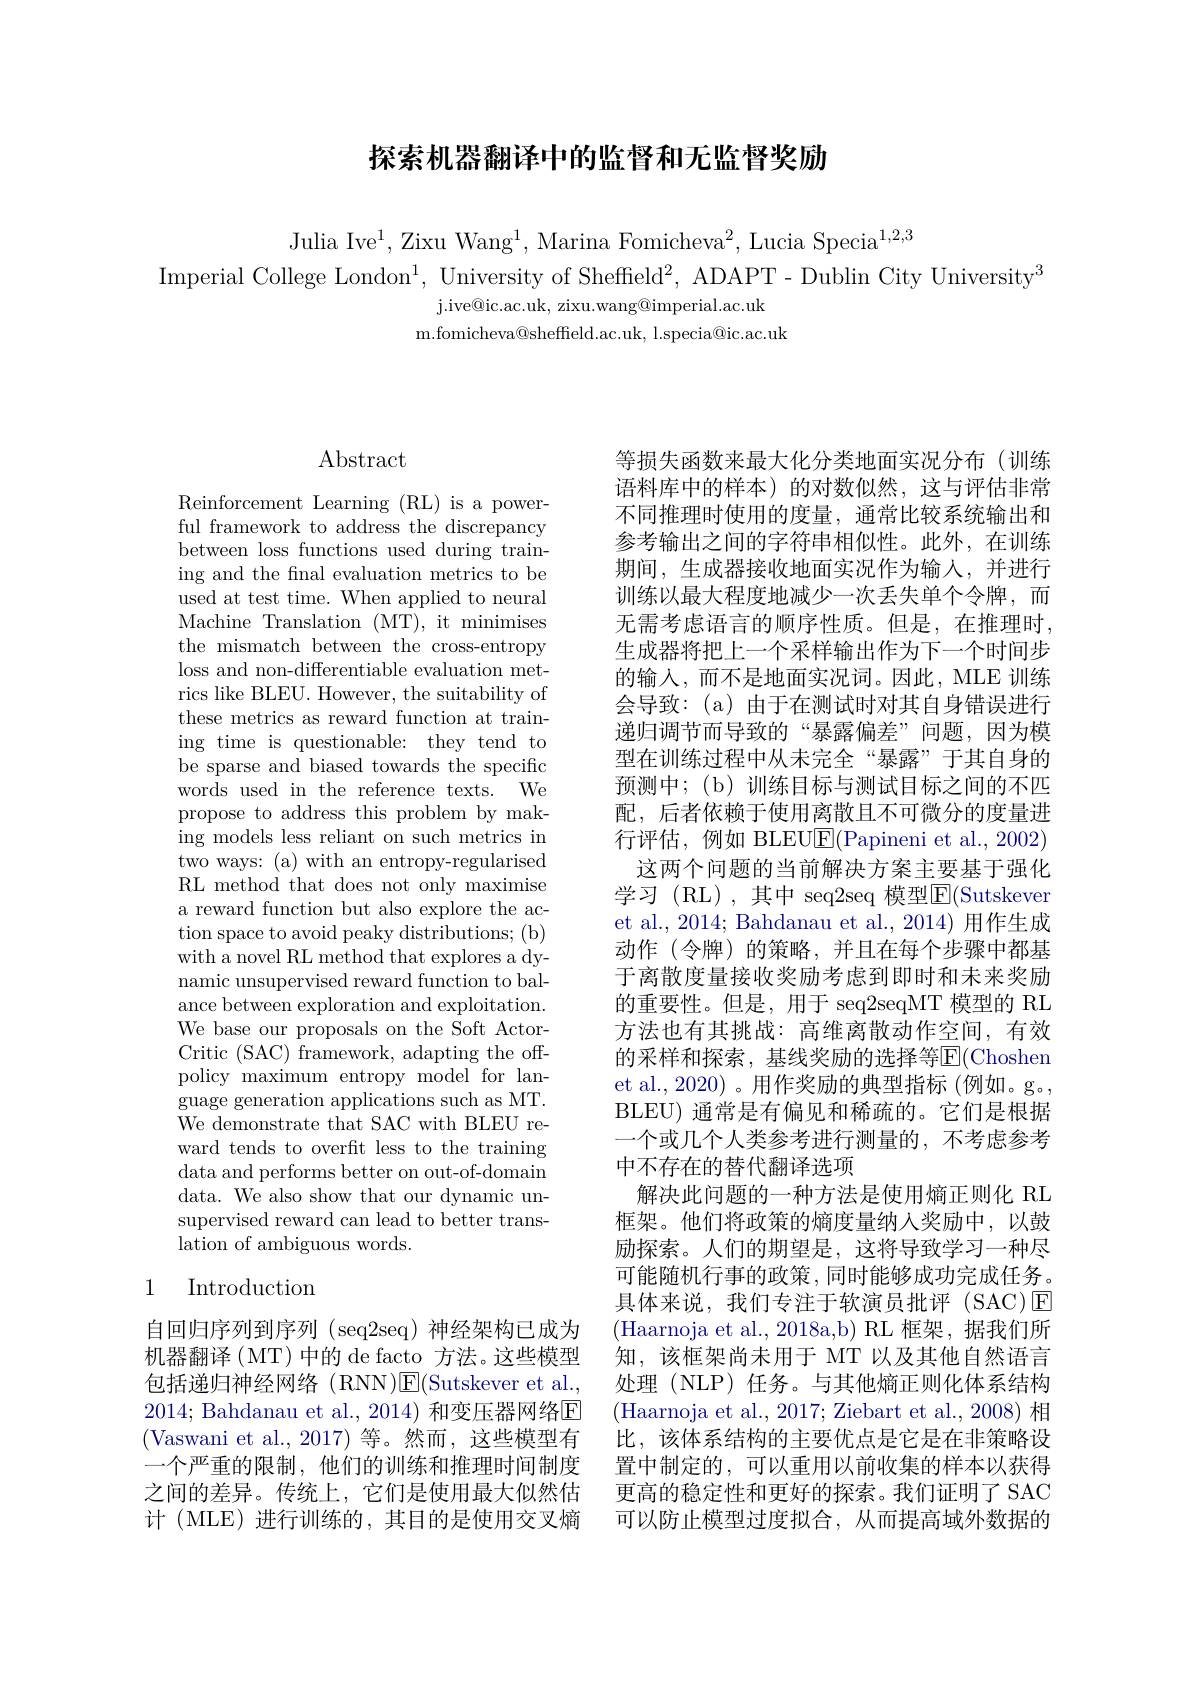
## 探索机器翻译中的监督和无监督奖励

Julia Ive$^1$,Zixu Wang$^1$, Marina Fomicheva$^2$, Lucia Specia$^1,2,3$

Imperial College London$^1$, University of Sheffield$^2$, ADAPT- Dublin City University$^3$
j. ive@ ic. ac. uk, zixu. wang@ imperial. ac. uk
m. fomicheva@ sheffeld. ac. uk, l. specia@ ic. ac. uk

# Abstract

Reinforcement Learning (RL) is a powerful framework to address the discrepancy between loss functions used during training and the fnal evaluation metrics to be used at test time. When applied to neural Machine Translation (MT), it minimises the mismatch between the cross-entropy loss and non-differentiable evaluation metrics like BLEU. However, the suitability of these metrics as reward function at training time is questionable: they tend to be sparse and biased towards the specific words used in the reference texts. We propose to address this problem by making models less reliant on such metrics in two ways: (a) with an entropy-regularised RL method that does not only maximise a reward function but also explore the action space to avoid peaky distributions; (b) with a novel RL method that explores a dynamic unsupervised reward function to balance between exploration and exploitation. We base our proposals on the Soft ActorCritic (SAC) framework, adapting the offpolicy maximum entropy model for language generation applications such as MT. We demonstrate that SAC with BLEU reward tends to overfit less to the training data and performs better on out-of-domain data. We also show that our dynamic unsupervised reward can lead to better translation of ambiguous words.

## 1 Introduction

自回归序列到序列 (seq2seq) 神经架构已成为机器翻译(MT)中的 de facto 方法。这些模型包括递归神经网络(RNN)$\mathsf E($Sutskever et al., 2014; Bahdanau et al., 2014) 和变压器网络$\overline{\mathrm{E}}$ (Vaswani et al.,2017)等。然而，这些模型有一个严重的限制，他们的训练和推理时间制度之间的差异。传统上，它们是使用最大似然估计 (MLE) 进行训练的，其目的是使用交叉熵

等损失函数来最大化分类地面实况分布(训练语料库中的样本)的对数似然，这与评估非常不同推理时使用的度量，通常比较系统输出和参考输出之间的字符串相似性。此外，在训练期间，生成器接收地面实况作为输人，并进行训练以最大程度地减少一次丢失单个令牌，而无需考虑语言的顺序性质。但是，在推理时， 生成器将把上一个采样输出作为下一个时间步的输入，而不是地面实况词。因此，MLE 训练会导致：(a)由于在测试时对其自身错误进行递归调节而导致的“暴露偏差”问题，因为模型在训练过程中从未完全“暴露”于其自身的预测中；(b)训练目标与测试目标之间的不匹配，后者依赖于使用离散且不可微分的度量进行评估，例如 BLEU$\overline{\mathrm{E}}($Papineni et al.,2002)
这两个问题的当前解决方案主要基于强化学 习 ( RL) , 其 中 seq2seq 模 型 ${\mathrm{E} }($Sutskever et al., 2014; Bahdanau et al., 2014) 用作生成动作(令牌)的策略，并且在每个步骤中都基于离散度量接收奖励考虑到即时和未来奖励的重要性。但是，用于 seq2seqMT 模型的 RL 方法也有其挑战：高维离散动作空间，有效的采样和探索，基线奖励的选择等$\overline{\mathrm{E}}($Choshen et al.,2020)。用作奖励的典型指标(例如。g。, BLEU) 通常是有偏见和稀疏的。它们是根据一个或几个人类参考进行测量的，不考虑参考中不存在的替代翻译选项
解决此问题的一种方法是使用熵正则化 RL 框架。他们将政策的熵度量纳入奖励中，以鼓励探索。人们的期望是，这将导致学习一种尽可能随机行事的政策，同时能够成功完成任务。具体来说，我们专注于软演员批评(SAC)☑ (Haarnoja et al.,2018a,b) RL 框架，据我们所知，该框架尚未用于 MT 以及其他自然语言处理(NLP)任务。与其他熵正则化体系结构(Haarnoja et al., 2017; Ziebart et al., 2008) 相比，该体系结构的主要优点是它是在非策略设置中制定的，可以重用以前收集的样本以获得更高的稳定性和更好的探索。我们证明了 SAC 可以防止模型过度拟合，从而提高域外数据的